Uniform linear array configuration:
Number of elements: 16
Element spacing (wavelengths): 0.5
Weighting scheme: blackman
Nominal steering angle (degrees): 15
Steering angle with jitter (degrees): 16.416
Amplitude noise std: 0.05
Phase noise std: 0.05

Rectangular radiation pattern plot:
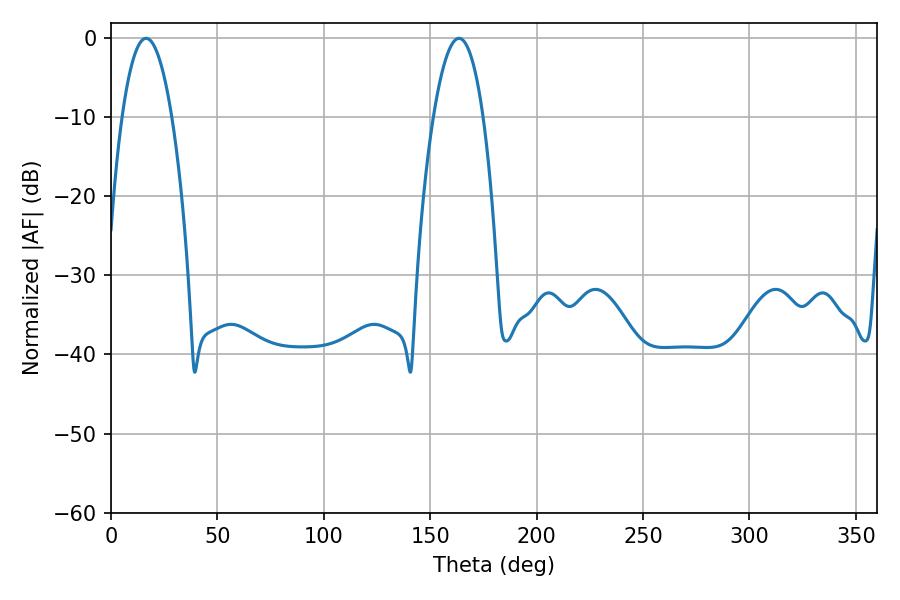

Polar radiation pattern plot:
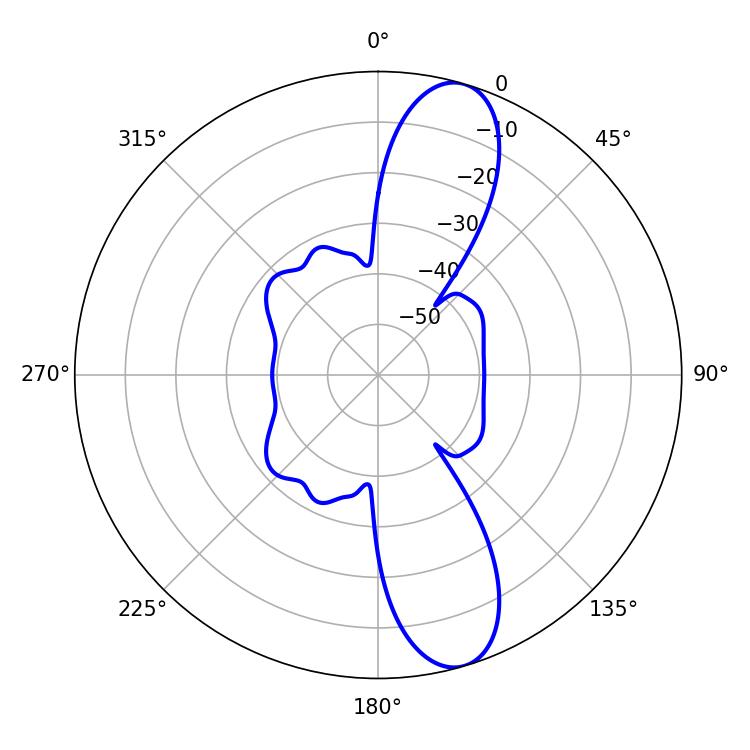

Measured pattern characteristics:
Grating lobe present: FALSE
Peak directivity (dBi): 11.619
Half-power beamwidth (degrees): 12.96
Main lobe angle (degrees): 16.56